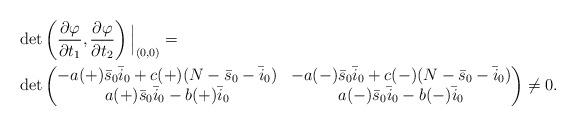
LaTeX: \begin{align*}&\det\left(\dfrac{\partial\varphi}{\partial t_1}, \dfrac{\partial\varphi}{\partial t_2}\right)\Big| _{(0, 0)}=\\&\det\begin{pmatrix} -a(+)\bar s_0\bar i_0 +c(+)(N-\bar s_0-\bar i_0)& -a(-)\bar s_0\bar i_0 +c(-)(N-\bar s_0-\bar i_0)\\ a(+)\bar s_0\bar i_0 - b(+)\bar i_0& a(-)\bar s_0\bar i_0 - b(-) \bar i_0\end{pmatrix}\ne 0.\end{align*}